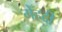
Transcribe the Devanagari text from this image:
मेँहदी